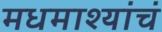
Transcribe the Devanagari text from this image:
मधमाश्यांचं